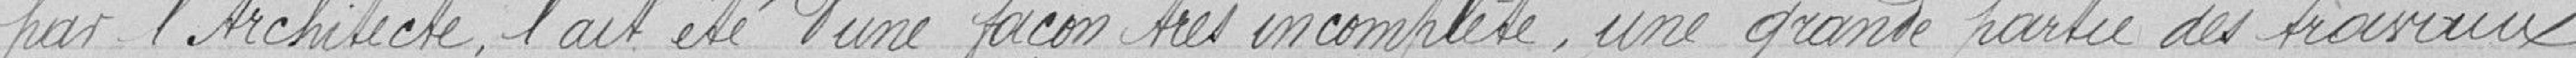
par l'Architecte, l'ait été d'une façon très incomplète, une grande partie des travaux